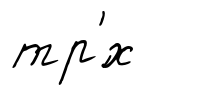
тр'́х